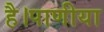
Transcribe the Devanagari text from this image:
है।पाणीया